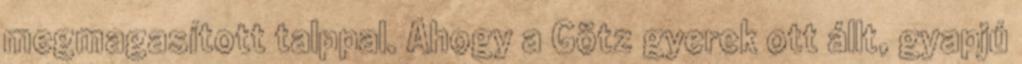
megmagasított talppal. Ahogy a Götz gyerek ott állt, gyapjú